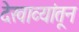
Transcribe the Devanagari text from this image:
देखाव्यांतून